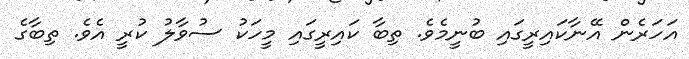
އަހަރެން އޭނާކައިރީގައި ބުނީމެވެ. ތިބާ ކައިރީގައި މީހަކު ސުވާލު ކުރީ އެވެ. ތިބާގެ